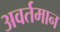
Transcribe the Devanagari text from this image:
अवर्तमान